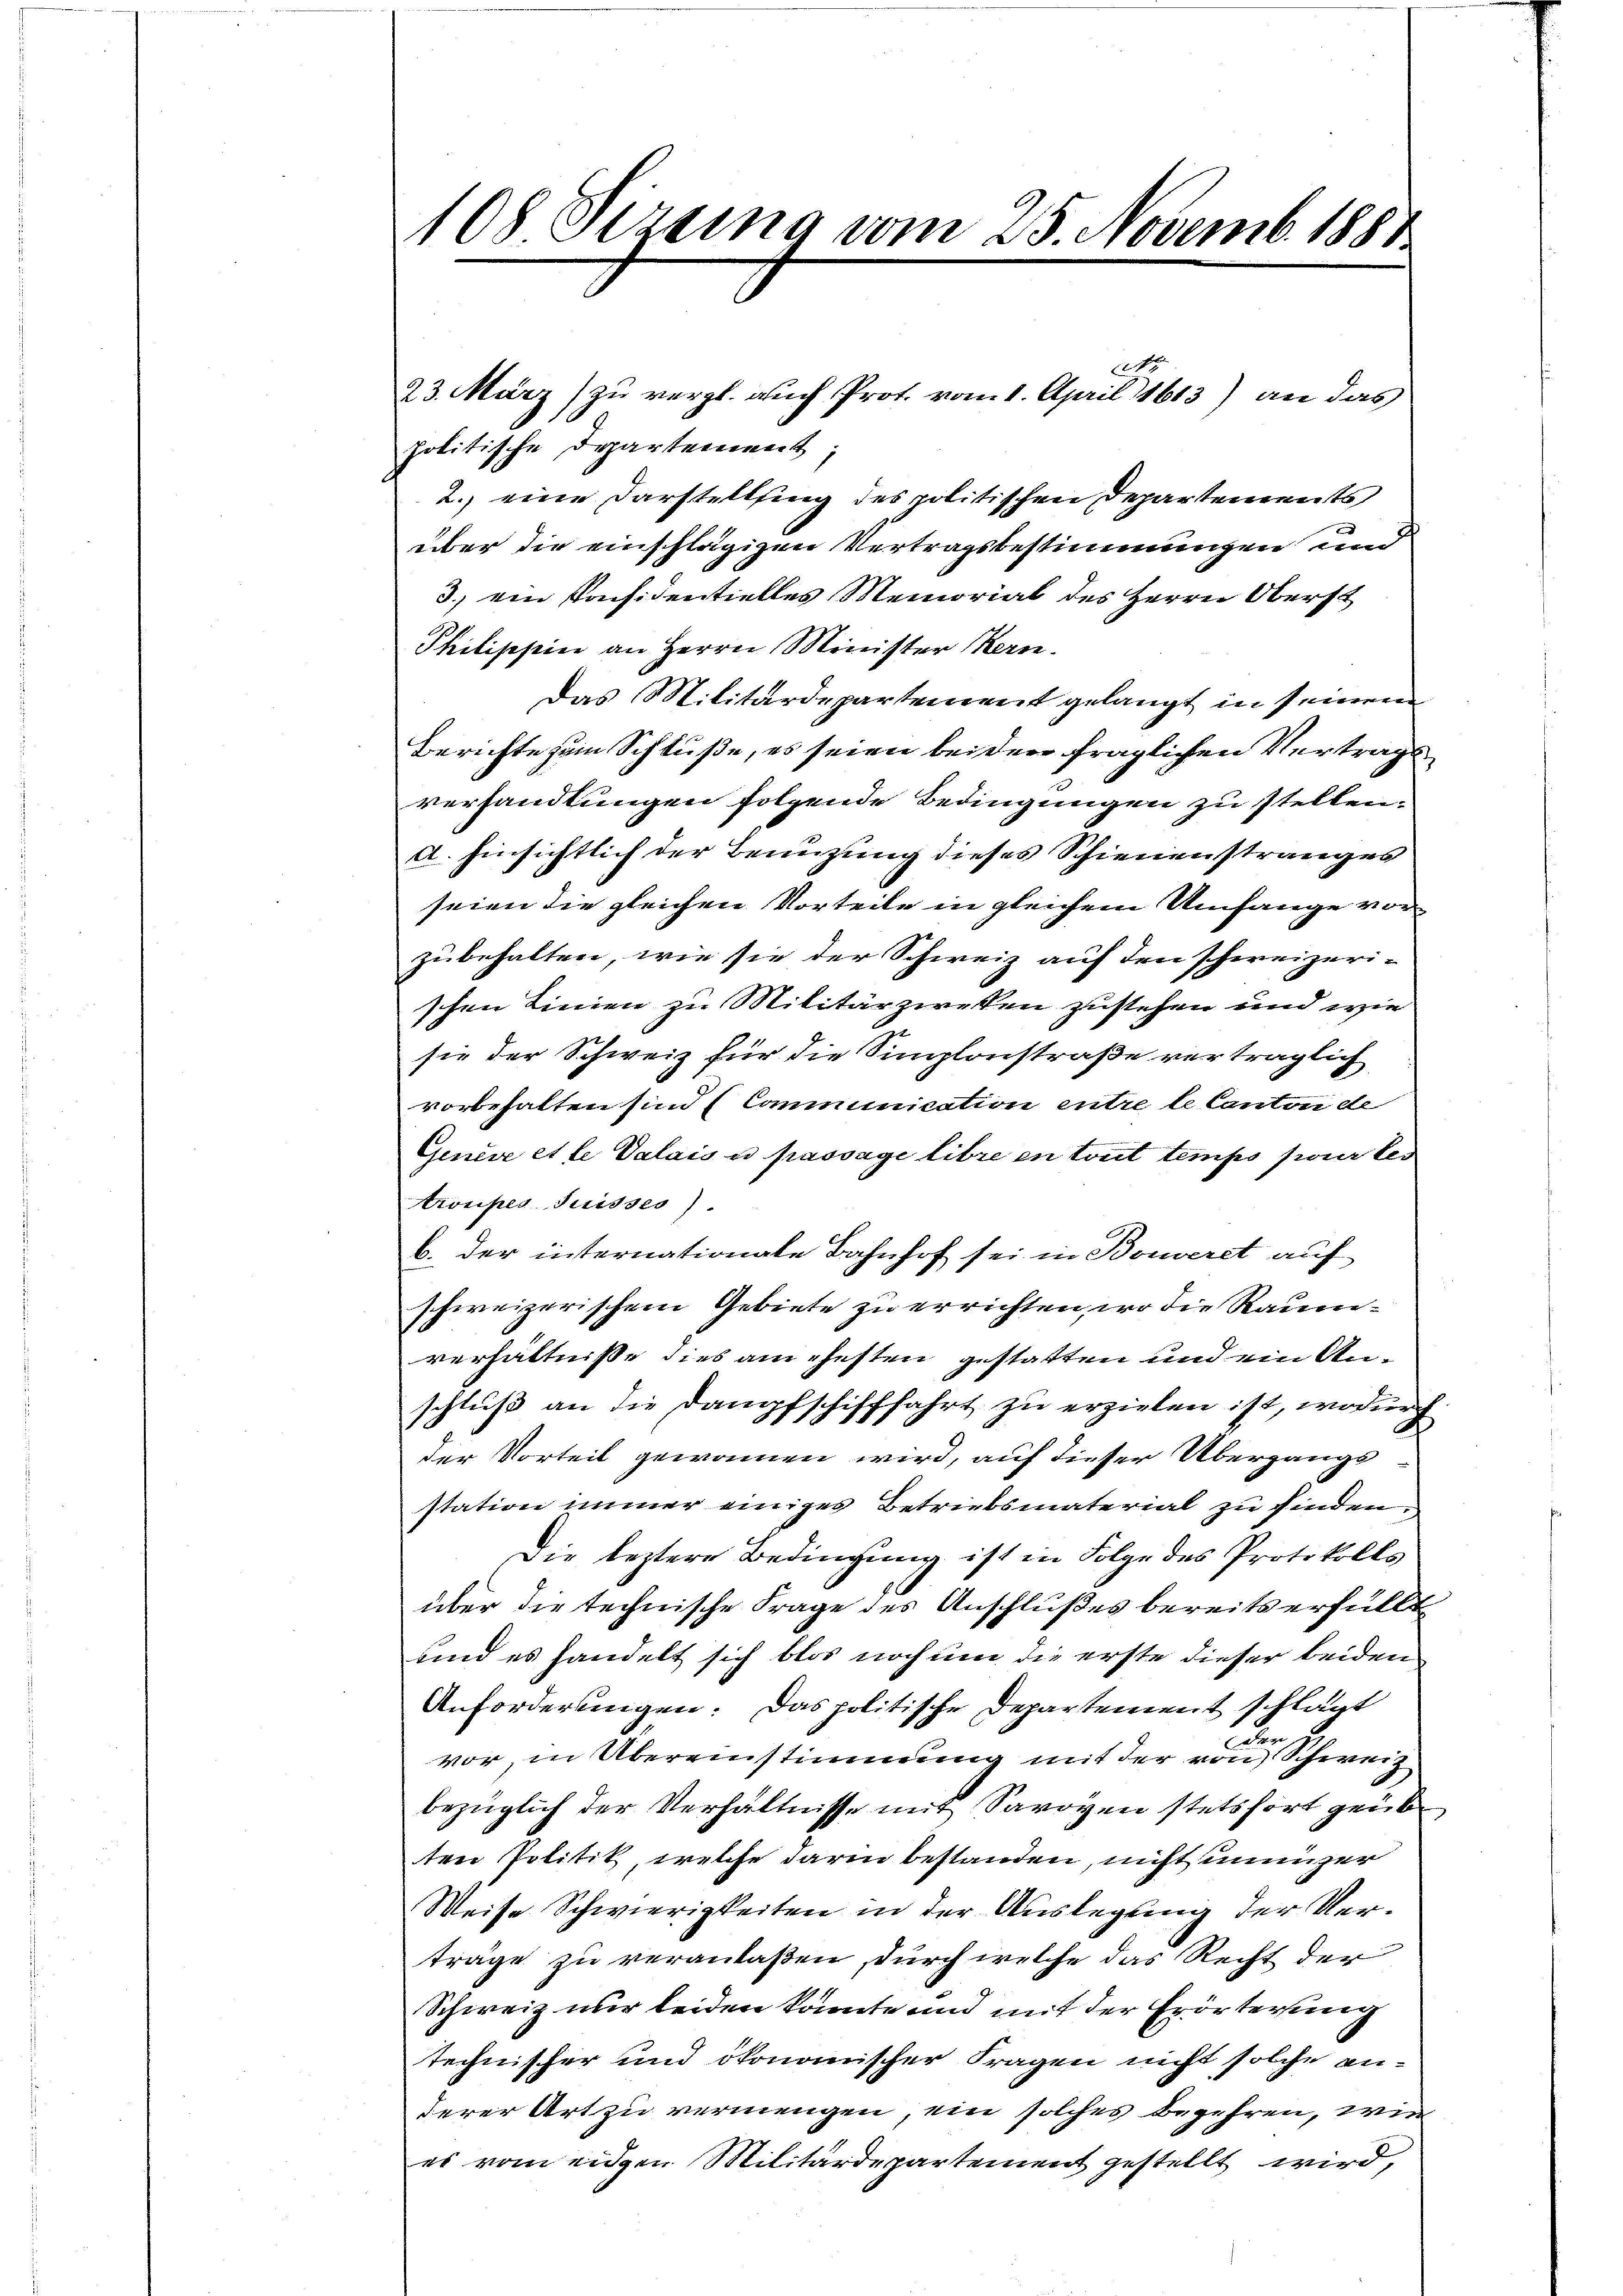
108. Dezema vom 25. Novemb. 1887

ANo
23. März) zu vergl. auch Prot. vom 1. April 1613) an das
politische Departement;
2. eine Darstelling des politischen Departements
über die einschlägigen Vertragsbestimmungen und
3.) ein Konsidentielles Memorial des Herrn Oberst
Philippin an Herrn Minister Hern.
Das Militärdepartement gelangt in seinem
Berichte zum Schluße, es seien bei den fraglichen Vertragsverhandlungen folgende Bedingungen zu stellen.
a. hinsichtlich der Benuzung dieses Schienenstranges
seien die gleichen Vorteile in gleichem Umfange vor-
zubehalten, wie sie der Schweiz auf den schweizerischen Linien zu Militärzweken zustehen und wie
sie der Schweiz für die Simplonstraße verträglich
vorbehalten sind (Comminication entre le Canton de
Genève et le Valais u passage libre en treit temps pour les
troupes Suisses).
b. der internationale Bahnhof sei in Bonveret auf
schweizerischem Gebiete zu errichten, wo die Raumverhältniße dies am ehesten gestatten und ein Anschluß an die Dampfschifffahrt zu erzielen ist, wodurch
der Vorteil gewonnen wird, auf dieser Übergangs
station immer einiges Betriebsmaterial zu finden.
Die leztere Bedingung ist in Folge des Protokolls
über die technische Frage des Anschlußes bereits erfüllt
und es handelt sich blos noch um die erste dieser beiden
Anforderungen. Das politische Departement schlägt
vor in Übereinstimmung mit der von Schweiz
bezüglich der Verhältnisse mit Savoyen stetsfort geüb
ten Politik, welche darin bestanden, nicht unmizer
Weise Schwierigkeiten in der Auslegung der Verträge zu veranlaßen, durch welche das Recht der
Schweiz nur beiden könnte und mit der Erörterung
technischer und ökonomischer Fragen nicht solche anderer Art zu vermengen, ein solches begehren, wie
es vom eidgen Militärdepartement gestellt wird,

.